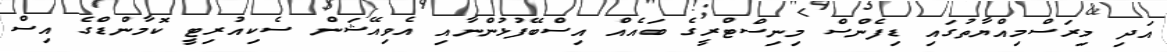
އަދި މިރަސްމިއްޔާތުގައި ޑިފެންސް މިނިސްޓްރީގެ ބައެއް އިސްބޭފުޅުންނާއި އެވިއޭޝަން ސެކިއުރިޓީ ކޮމާންޑްގެ އިސް